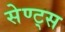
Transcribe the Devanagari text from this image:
सेण्ट्स